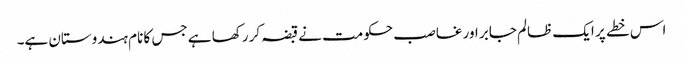
اس خطے پر ایک ظالم جابر اور غاصب حکومت نے قبضہ کر رکھا ہے جس کا نام ہندوستان ہے۔